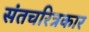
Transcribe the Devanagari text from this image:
संतचरित्रकार